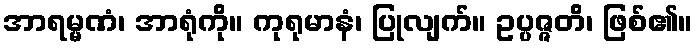
အာရမ္မဏံ၊ အာရုံကို။ ကုရုမာနံ၊ ပြုလျက်။ ဥပ္ပဇ္ဇတိ၊ ဖြစ်၏။